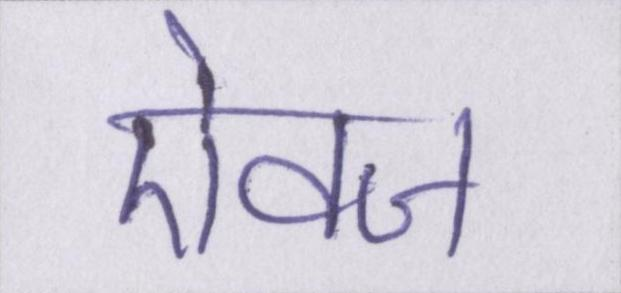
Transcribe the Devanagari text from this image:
ऐवज